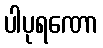
ပါပုရဏော